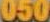
050